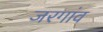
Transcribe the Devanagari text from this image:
जरगांव